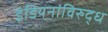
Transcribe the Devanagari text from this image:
इंडियनांविरुद्ध